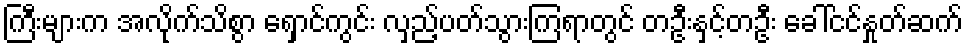
ကြီးများက အလိုက်သိစွာ ရှောင်ကွင်း လှည့်ပတ်သွားကြရာတွင် တဦးနှင့်တဦး ခေါ်ငင်နှုတ်ဆက်